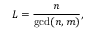
L = \frac { n } { \operatorname* { g c d } ( n , m ) } ,